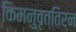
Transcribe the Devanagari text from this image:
किमनुवृत्तिर्न